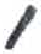
אות: ,